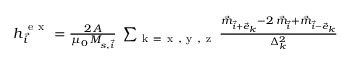
\begin{array} { r } { \boldsymbol { h } _ { \vec { i } } ^ { \mathrm { ~ e ~ x ~ } } = \frac { 2 \, A } { \mu _ { 0 } \, M _ { s , \vec { i } } } \; \sum _ { \mathrm { ~ k ~ = ~ x ~ , ~ y ~ , ~ z ~ } } \frac { \vec { m } _ { \vec { i } + \vec { e } _ { k } } - 2 \, \vec { m } _ { \vec { i } } + \vec { m } _ { \vec { i } - \vec { e } _ { k } } } { \Delta _ { k } ^ { 2 } } } \end{array}